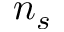
n _ { s }